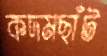
কদমছাঁট